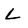
Character: L